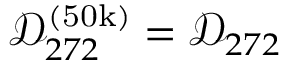
\mathcal { D } _ { 2 7 2 } ^ { ( \mathrm { 5 0 k } ) } = \mathcal { D } _ { 2 7 2 }